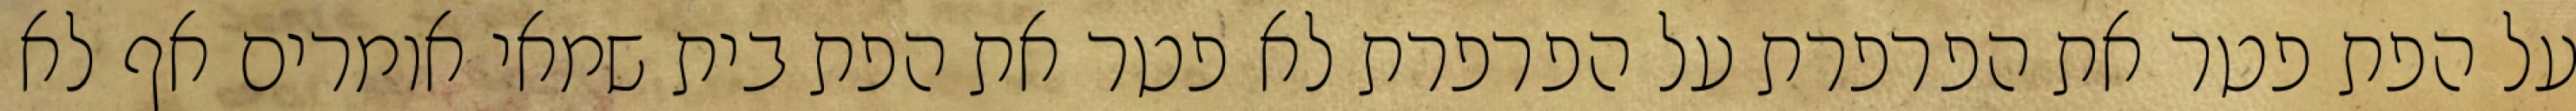
על הפת פטר את הפרפרת על הפרפרת לא פטר את הפת בית שמאי אומרים אף לא